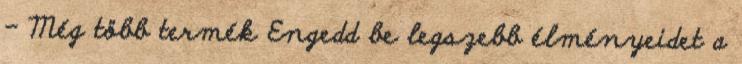
- Még több termék Engedd be legszebb élményeidet a